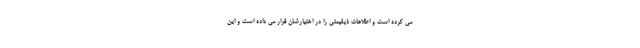
می کرده است و اطلاعات ذیقیمتی را در اختیارشان قرار می داده است و این